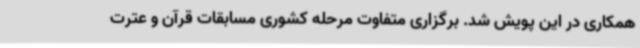
همکاری در این پویش شد. برگزاری متفاوت مرحله کشوری مسابقات قرآن و عترت